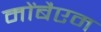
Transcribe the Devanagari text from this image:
मोंबैएम